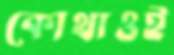
কোথাওই